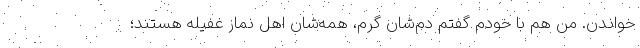
خواندن. من هم با خودم گفتم دم‌شان گرم، همه‌شان اهل نماز غفیله هستند؛